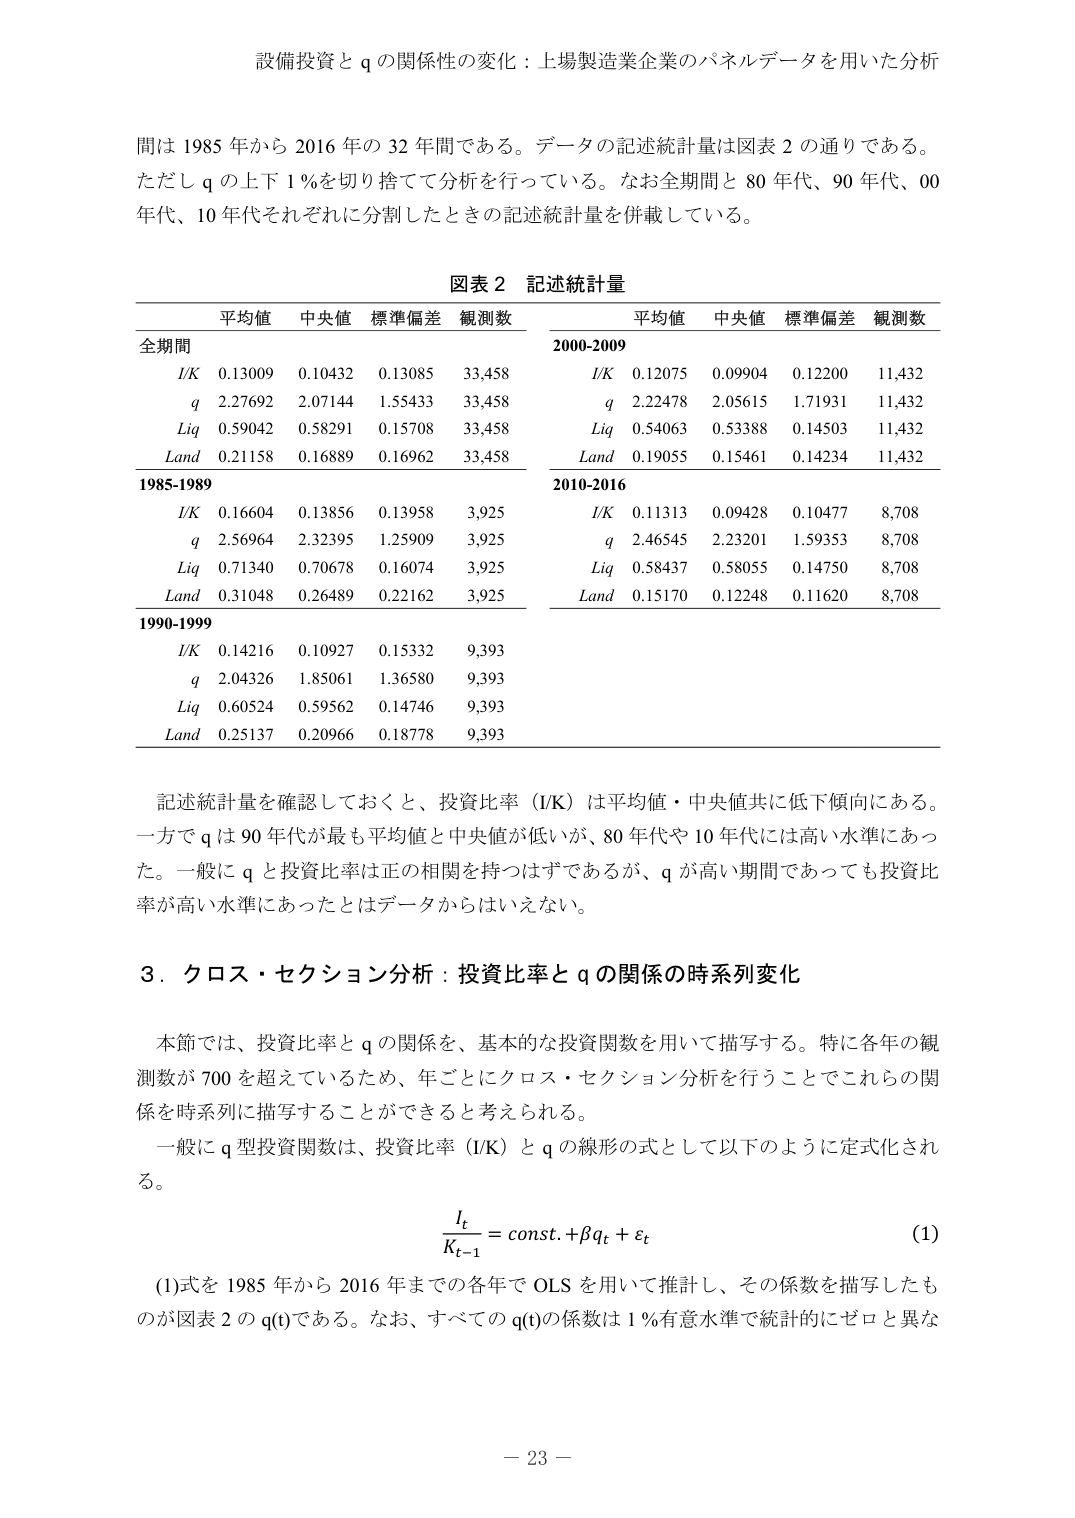
設備投資と q の関係性の変化：上場製造業企業のパネルデータを用いた分析

間は 1985 年から 2016 年の 32 年間である。データの記述統計量は図表 2 の通りである。ただし q の上下 1％を切り捨てて分析を行っている。なお全期間と 80 年代、90 年代、00 年代、10 年代それぞれに分割したときの記述統計量を併載している。

図表 2 記述統計量

平均値 中央値 標準偏差 観測数 平均値 中央値 標準偏差 観測数
全期間 2000-2009
I/K 0.13009 0.10432 0.13085 33,458 I/K 0.12075 0.09904 0.12200 11,432
q 2.27692 2.07144 1.55433 33,458 q 2.22478 2.05615 1.71931 11,432
Liq 0.59042 0.58291 0.15708 33,458 Liq 0.54063 0.53388 0.14503 11,432
Land 0.21158 0.16889 0.16962 33,458 Land 0.19055 0.15461 0.14234 11,432
1985-1989 2010-2016
I/K 0.16604 0.13856 0.13958 3,925 I/K 0.11313 0.09428 0.10477 8,708
q 2.56964 2.32395 1.25909 3,925 q 2.46545 2.23201 1.59353 8,708
Liq 0.71340 0.70678 0.16074 3,925 Liq 0.58437 0.58055 0.14750 8,708
Land 0.31048 0.26489 0.22162 3,925 Land 0.15170 0.12248 0.11620 8,708
1990-1999
I/K 0.14216 0.10927 0.15332 9,393
q 2.04326 1.85061 1.36580 9,393
Liq 0.60524 0.59562 0.14746 9,393
Land 0.25137 0.20966 0.18778 9,393

記述統計量を確認しておくと、投資比率（I/K）は平均値・中央値共に低下傾向にある。一方で q は 90 年代が最も平均値と中央値が低いが、80 年代や 10 年代には高い水準にあった。一般に q と投資比率は正の相関を持つはずであるが、q が高い期間であっても投資比率が高い水準にあったとはデータからはいえない。

3．クロス・セクション分析：投資比率と q の関係の時系列変化

本節では、投資比率と q の関係を、基本的な投資関数を用いて描写する。特に各年の観測数が 700 を超えているため、年ごとにクロス・セクション分析を行うことでこれらの関係を時系列に描写することができると考えられる。

一般に q 型投資関数は、投資比率（I/K）と q の線形の式として以下のように定式化される。

I_t / K_{t-1} = const. + βq_t + ε_t  (1)

(1)式を 1985 年から 2016 年までの各年で OLS を用いて推計し、その係数を描写したものが図表 2 の q(t)である。なお、すべての q(t)の係数は 1％有意水準で統計的にゼロと異な

－ 23 －